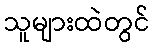
သူများထဲတွင်